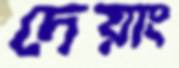
দেয়াং